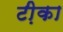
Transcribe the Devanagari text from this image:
टी़का